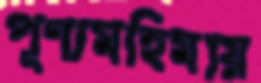
পূণ্যমহিমায়